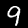
Digit: 9